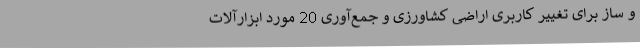
و ساز برای تغییر کاربری اراضی کشاورزی و جمع‌آوری 20 مورد ابزارآلات